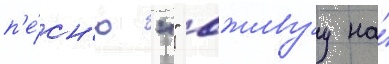
п'е́сн'ю "" вживуу на́